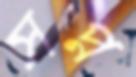
সপ্ন